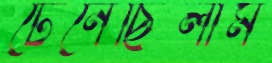
টেনেছিলাম